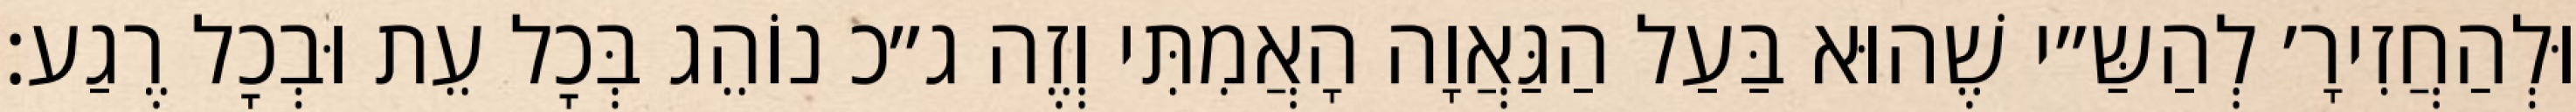
וּלְהַחֲזִירָ׳ לְהַשַּ״י שֶׁהוּא בַּעַל הַגַּאֲוָה הָאֲמִתִּי וְזֶה ג״כ נוֹהֵג בְּכׇל עֵת וּבְכׇל רֶגַע: